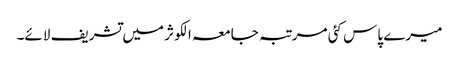
میرے پاس کئی مرتبہ جامعہ الکوثر میں تشریف لائے۔